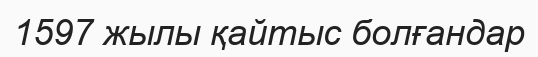
1597 жылы қайтыс болғандар